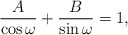
\begin{align*}\frac{A}{\cos\omega}+\frac{B}{\sin\omega}=1,\end{align*}